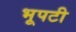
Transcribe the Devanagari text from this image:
भूपटी